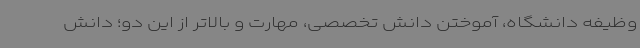
وظیفه دانشگاه، آموختن دانش تخصصی، مهارت و بالاتر از این دو؛ دانش